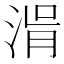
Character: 𣷢